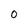
Character: 0